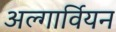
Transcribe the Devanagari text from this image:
अल्गार्वियन